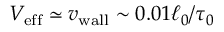
V _ { \mathrm { e f f } } \simeq { v _ { \mathrm { w a l l } } } \sim 0 . 0 1 \ell _ { 0 } / \tau _ { 0 }